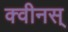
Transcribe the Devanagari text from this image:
क्वीनस्